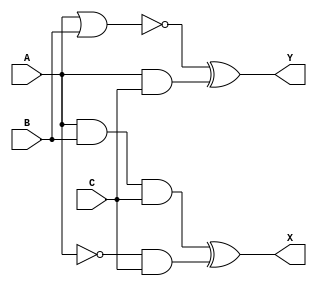
module exercise2(A, B, C, X, Y);

	input A;
	input B;
	input C;
	output X;
	output Y;
	
	wire D;
	wire E;
	wire F;
	wire G;
	
	assign D=A&B&C;
	assign E=(!A)&C;
	assign F=A|B;
	assign G=A&C;
	assign X=D^E;
	assign Y=(!F)^G;
	
endmodule